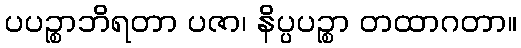
ပပဉ္စာဘိရတာ ပဇာ၊ နိပ္ပပဉ္စာ တထာဂတာ။